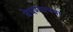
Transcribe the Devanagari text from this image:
वेधण्याच्या